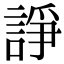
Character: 諍